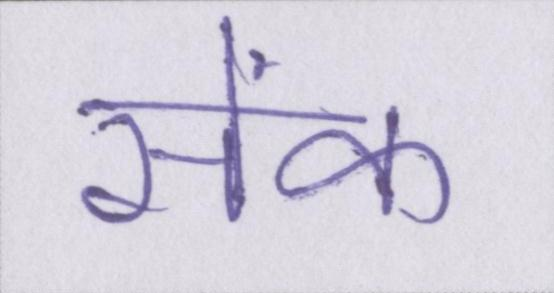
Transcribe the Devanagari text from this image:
सेंक